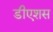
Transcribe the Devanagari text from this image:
डीएशस